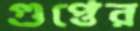
গুপ্তের